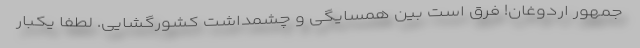
جمهور اردوغان! فرق است بین همسایگی و چشمداشت کشورگشایی. لطفا یکبار